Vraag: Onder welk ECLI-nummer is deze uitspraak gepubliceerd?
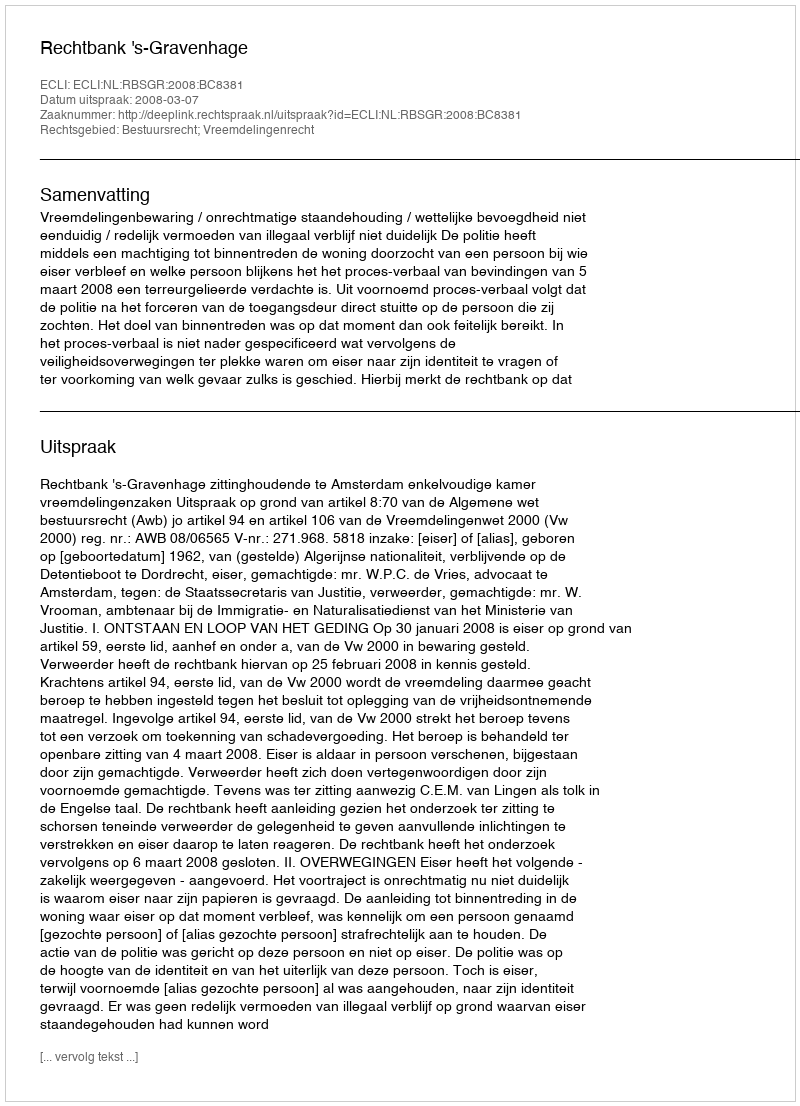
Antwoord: ECLI:NL:RBSGR:2008:BC8381